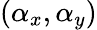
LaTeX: (\alpha_{x},\alpha_{y})